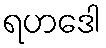
ရဟဒေါ